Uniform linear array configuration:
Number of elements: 16
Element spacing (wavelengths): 1
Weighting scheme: exponential
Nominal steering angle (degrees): -15
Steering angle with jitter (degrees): -14.164
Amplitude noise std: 0.05
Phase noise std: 0.05

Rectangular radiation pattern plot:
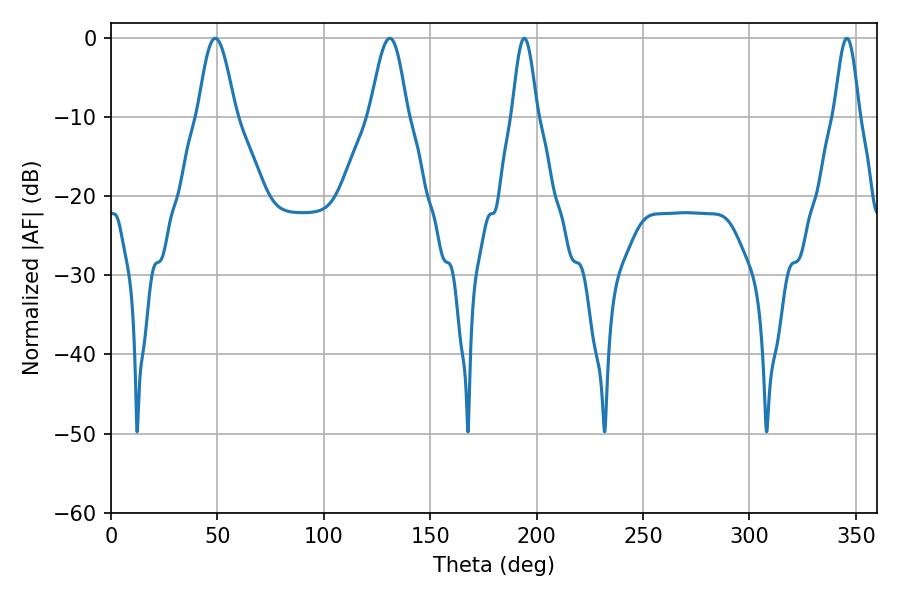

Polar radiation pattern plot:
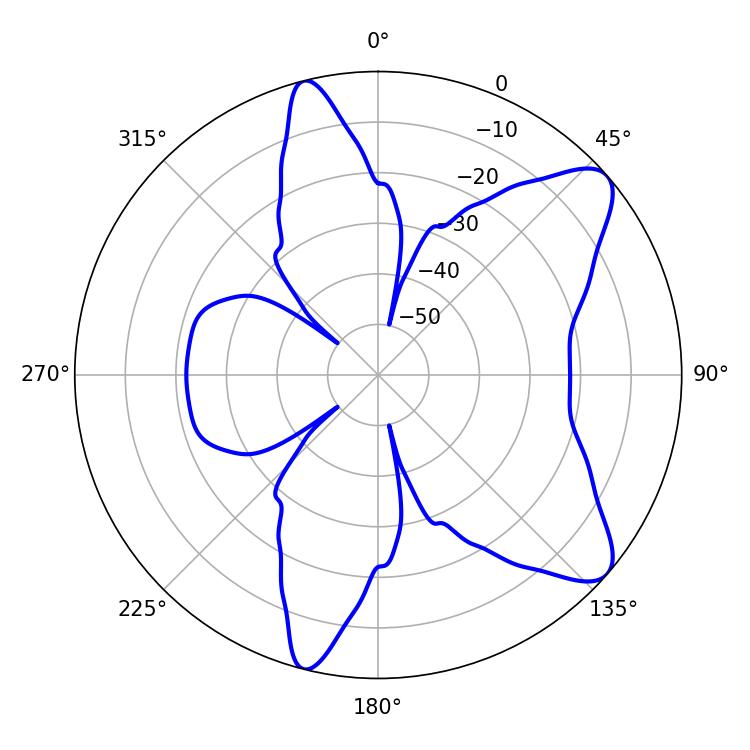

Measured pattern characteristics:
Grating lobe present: TRUE
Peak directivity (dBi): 9.34
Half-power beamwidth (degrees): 6.3
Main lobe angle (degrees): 194.22